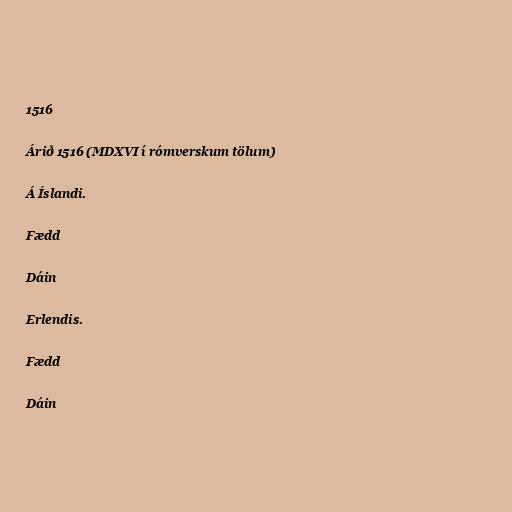
1516

Árið 1516 (MDXVI í rómverskum tölum)

Á Íslandi.

Fædd

Dáin

Erlendis.

Fædd

Dáin